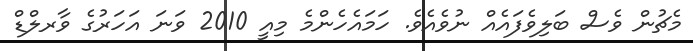
މެޗުން ވެސް ބަލިވެފައެއް ނުވެއެވެ. ހަމައެހެންމެ މިއީ 2010 ވަނަ އަހަރުގެ ވާރލްޑް